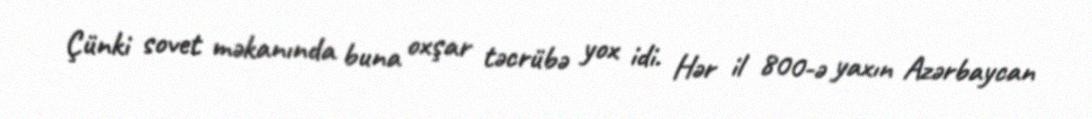
Çünki sovet məkanında buna oxşar təcrübə yox idi. Hər il 800-ə yaxın Azərbaycan